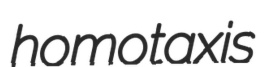
homotaxis